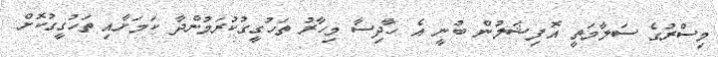
މިސްރުގެ ސަލާމަތީ އޮފިޝަލުން ބުނީ އެ ހާދިސާ މިހާރު ތަހުގީގުކުރަމުންދާ ކަމަށާއި ތަހުގީގުކޮށް